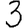
Digit: 3